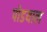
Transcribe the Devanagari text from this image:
पोडयाल